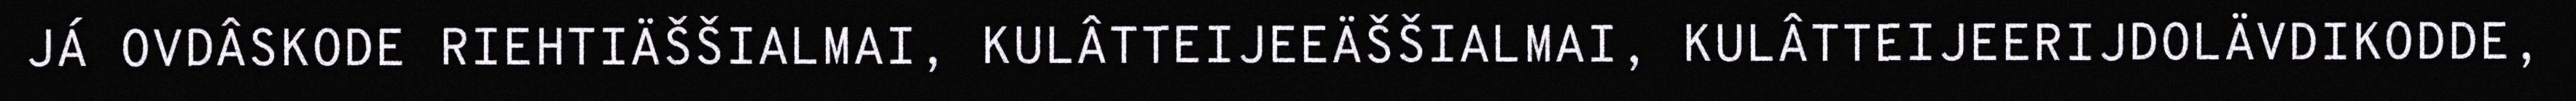
JÁ OVDÂSKODE RIEHTIÄŠŠIALMAI, KULÂTTEIJEEÄŠŠIALMAI, KULÂTTEIJEERIJDOLÄVDIKODDE,